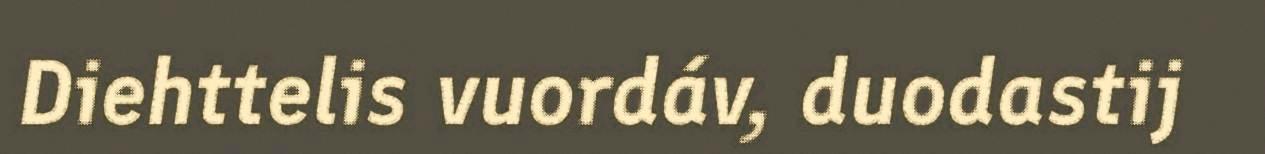
Diehttelis vuordáv, duodastij